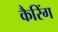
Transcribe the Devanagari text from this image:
कैरिंग